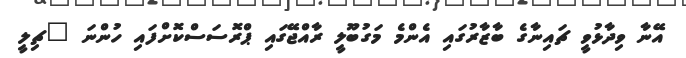
އޭނާ ވިދާޅުވީ ޗައިނާގެ ބާޒާރުގައި އެންްމެ މަގުބޫލީ ރާއްޖޭގައި ޕްރޮސަސްކޮށްފައި ހުންނަ "ޗިލީ